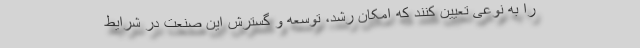
را به نوعی تعیین کنند که امکان رشد، توسعه و گسترش این صنعت در شرایط